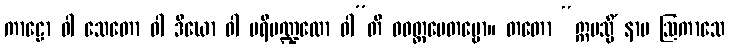
ကာဠော ဝါ သေတော ဝါ ဒီဃော ဝါ ပရိမဏ္ဍလော ဝါ”တိ ဝဝတ္ထပေတဗ္ဗော။ တတော “ဣမသ္မိံ နာမ ဩကာသေ